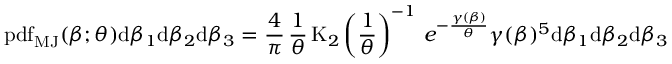
\operatorname { p d f } _ { \mathrm { M J } } ( \beta ; \theta ) \mathrm { d } \beta _ { 1 } \mathrm { d } \beta _ { 2 } \mathrm { d } \beta _ { 3 } = { \frac { 4 } { \pi } } \, { \frac { 1 } { \theta } } \operatorname { K } _ { 2 } \left( { \frac { 1 } { \theta } } \right) ^ { - 1 } \, e ^ { - { \frac { \gamma ( \beta ) } { \theta } } } \gamma ( \beta ) ^ { 5 } \mathrm { d } \beta _ { 1 } \mathrm { d } \beta _ { 2 } \mathrm { d } \beta _ { 3 }